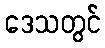
ဒေသတွင်